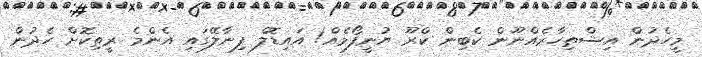
މީހެދުން އިޝްތިހާރެއްނޫން ކެބިން ކްރޫ ޔުނީފޯމެއް! އައިޑޮލް ފިނާލޭގައި އެންމެ ރީތިކޮށް ހެދުން